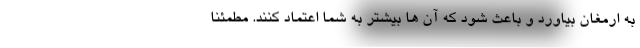
به ارمغان بیاورد و باعث شود که آن ها بیشتر به شما اعتماد کنند. مطمئنا